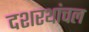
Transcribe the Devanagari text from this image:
दशरथांचल